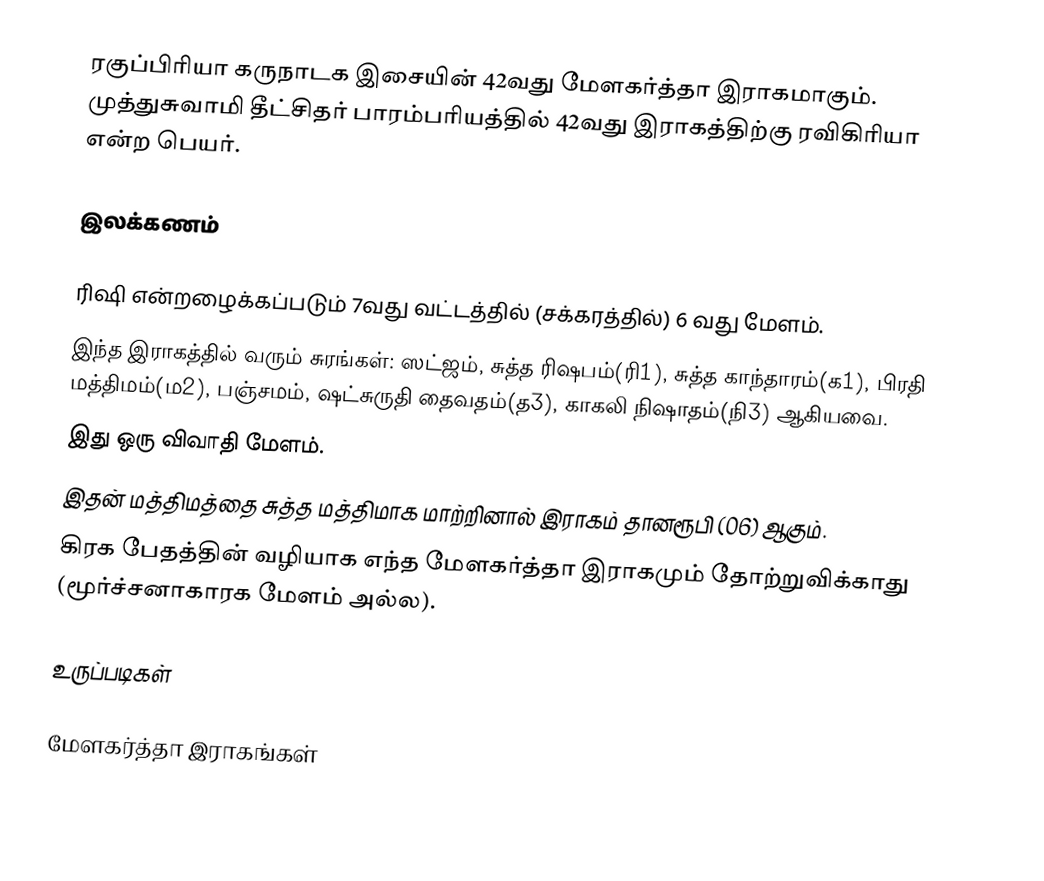
ரகுப்பிரியா கருநாடக இசையின் 42வது மேளகர்த்தா இராகமாகும். முத்துசுவாமி தீட்சிதர் பாரம்பரியத்தில் 42வது இராகத்திற்கு ரவிகிரியா என்ற பெயர்.

இலக்கணம்

 ரிஷி என்றழைக்கப்படும் 7வது வட்டத்தில் (சக்கரத்தில்) 6 வது மேளம்.
 இந்த இராகத்தில் வரும் சுரங்கள்: ஸட்ஜம், சுத்த ரிஷபம்(ரி1), சுத்த காந்தாரம்(க1), பிரதி மத்திமம்(ம2), பஞ்சமம், ஷட்சுருதி தைவதம்(த3), காகலி நிஷாதம்(நி3) ஆகியவை.
 இது ஒரு விவாதி மேளம்.
 இதன் மத்திமத்தை சுத்த மத்திமாக மாற்றினால் இராகம் தானரூபி (06) ஆகும்.
 கிரக பேதத்தின் வழியாக எந்த மேளகர்த்தா இராகமும் தோற்றுவிக்காது (மூர்ச்சனாகாரக மேளம் அல்ல).

உருப்படிகள்

மேளகர்த்தா இராகங்கள்